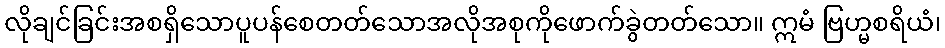
လိုချင်ခြင်းအစရှိသောပူပန်စေတတ်သောအလိုအစုကိုဖောက်ခွဲတတ်သော။ ဣမံ ဗြဟ္မစရိယံ၊